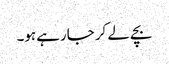
بچے لے کر جارہے ہو۔